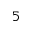
_ 5